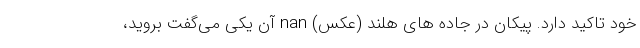
خود تاکید دارد. پیکان در جاده های هلند (عکس) nan آن یکی می‌گفت بروید،